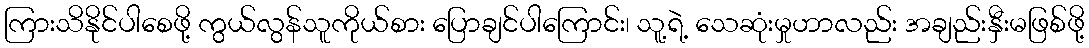
ကြားသိနိုင်ပါစေဖို့ ကွယ်လွန်သူကိုယ်စား ပြောချင်ပါကြောင်း၊ သူ့ရဲ့ သေဆုံးမှုဟာလည်း အချည်းနှီးမဖြစ်ဖို့